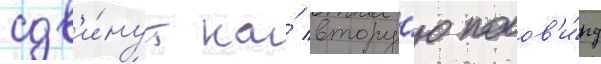
сдв'и́нут на́ втору́ю полов'и́ну